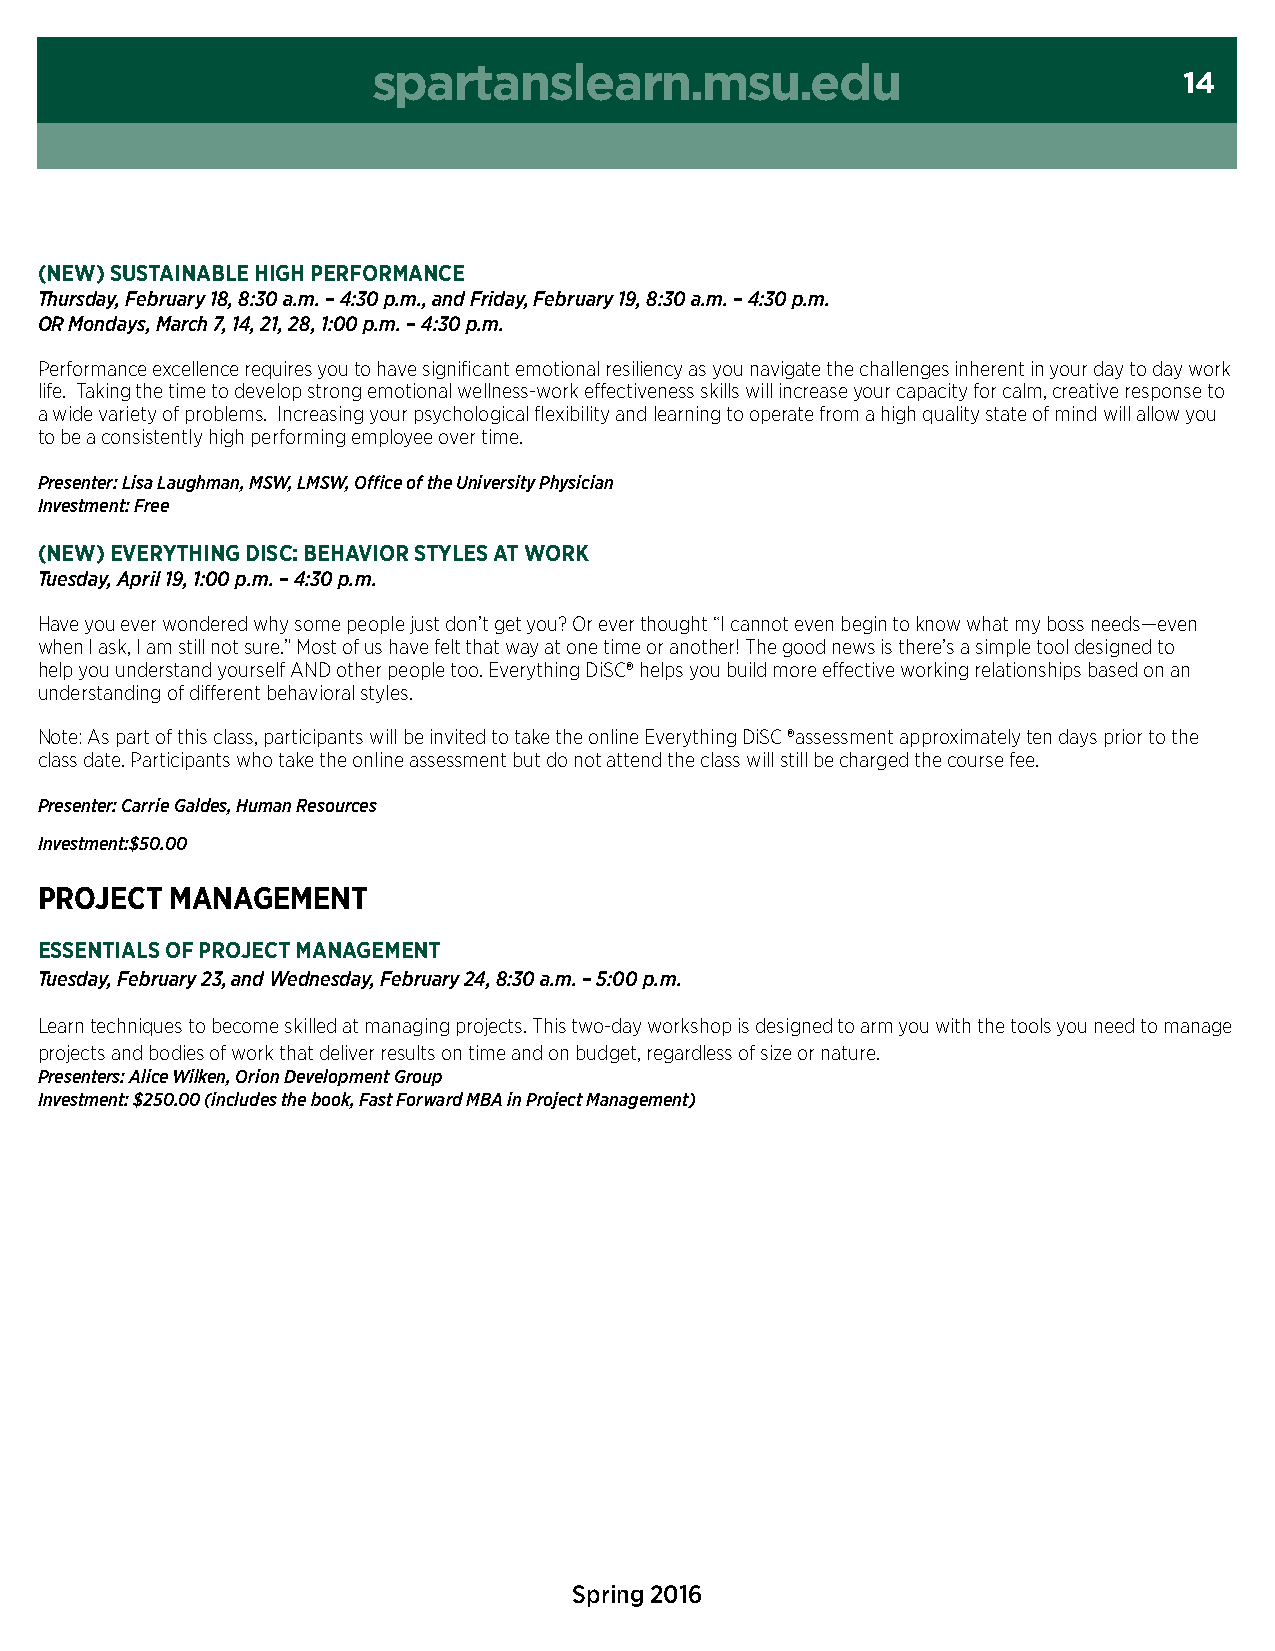
spartanslearn.msu.edu
 14
 (new) sUstainaBle HigH PerFOrMance
 Thursday, February 18, 8:30 a.m. – 4:30 p.m., and Friday, February 19, 8:30 a.m. – 4:30 p.m.
 OR Mondays, March 7, 14, 21, 28, 1:00 p.m. – 4:30 p.m.
 Performance excellence requires you to have significant emotional resiliency as you navigate the challenges inherent in your day to day work
 life. Taking the time to develop strong emotional wellness-work effectiveness skills will increase your capacity for calm, creative response to
 a wide variety of problems. Increasing your psychological flexibility and learning to operate from a high quality state of mind will allow you
 to be a consistently high performing employee over time.
 Presenter: Lisa Laughman, MSW, LMSW, Office of the University Physician
 Investment: Free
 (new) everYtHing disc: BeHaviOr stYles at wOrK
 Tuesday, April 19, 1:00 p.m. – 4:30 p.m.
 Have you ever wondered why some people just don’t get you? Or ever thought “I cannot even begin to know what my boss needs—even
 when I ask, I am still not sure.” Most of us have felt that way at one time or another! The good news is there’s a simple tool designed to
 help you understand yourself AND other people too. Everything DiSC® helps you build more effective working relationships based on an
 understanding of different behavioral styles.
 Note: As part of this class, participants will be invited to take the online Everything DiSC ®assessment approximately ten days prior to the
 class date. Participants who take the online assessment but do not attend the class will still be charged the course fee.
 Presenter: Carrie Galdes, Human Resources
 Investment:$50.00
 PrOJect  ManageMent
 essentials OF PrOJect ManageMent
 Tuesday, February 23, and Wednesday, February 24, 8:30 a.m. – 5:00 p.m.
 Learn techniques to become skilled at managing projects. This two-day workshop is designed to arm you with the tools you need to manage
 projects and bodies of work that deliver results on time and on budget, regardless of size or nature.
 Presenters: Alice Wilken, Orion Development Group
 Investment: $250.00 (includes the book, Fast Forward MBA in Project Management)
 Spring 2016